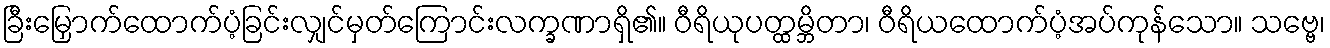
ခြီးမြှောက်ထောက်ပံ့ခြင်းလျှင်မှတ်ကြောင်းလက္ခဏာရှိ၏။ ဝီရိယုပတ္ထမ္ဘိတာ၊ ဝီရိယထောက်ပံ့အပ်ကုန်သော။ သဗ္ဗေ၊